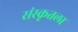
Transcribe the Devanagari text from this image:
संस्कृतला